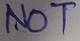
Text: NOT